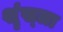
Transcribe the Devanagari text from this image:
शॄंख्ला